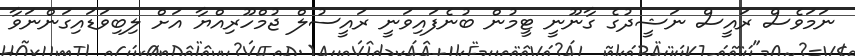
ނަމަވެސް ރައީސް ނަޝީދުގެ ގާނޫނީ ޓީމުން ބުނެފައިވަނީ ރައީސުލް ޖުމްހޫރިއްޔާ އަށް ލިބިވަޑައިގަންނަވާ